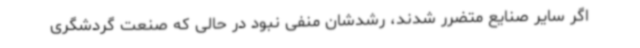
اگر سایر صنایع متضرر شدند، رشدشان منفی نبود در حالی که صنعت گردشگری